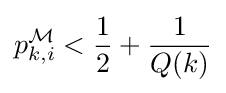
p_{k,i}^{\mathcal {M}}<{\frac {1}{2}}+{\frac {1}{Q(k)}}